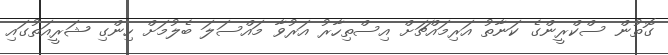
ގޮތުން ސްކްރީންގެ ކަނާތު އަރިމައްޗަށް އިސްތިހާރު އަރުވާ މައްސަލަ ބެލުމަށް ހިންގި ޝަރީއަތުގައި